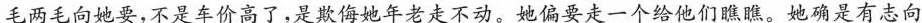
毛两毛向她要，不是车价高了，是欺侮她年老走不动。她偏要走一个给他们瞧瞧。她确是有志向